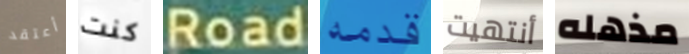
أعتقد كنت Road قدمه أنتهيت مذهله